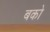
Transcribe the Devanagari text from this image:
बको